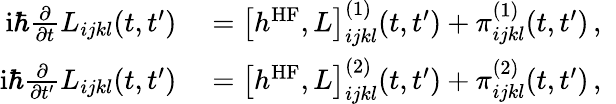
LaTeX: \begin{array}{rl}{\mathrm{i}\hbar\frac{\partial}{\partial t}L_{ijkl}(t,t^{\prime})}&{{}=\big[h^{\mathrm{HF}},L\big]_{ijkl}^{(1)}(t,t^{\prime})+\pi_{ijkl}^{(1)}(t,t^{\prime})\, ,\; }\\ {\mathrm{i}\hbar\frac{\partial}{\partial t^{\prime}}L_{ijkl}(t,t^{\prime})}&{{}=\big[h^{\mathrm{HF}},L\big]_{ijkl}^{(2)}(t,t^{\prime})+\pi_{ijkl}^{(2)}(t,t^{\prime})\, ,\; \: }\end{array}